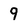
Character: 9